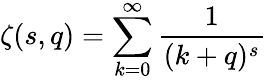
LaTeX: \zeta(s,q)=\sum_{k=0}^{\infty}{\frac{1}{(k+q)^{s}}}